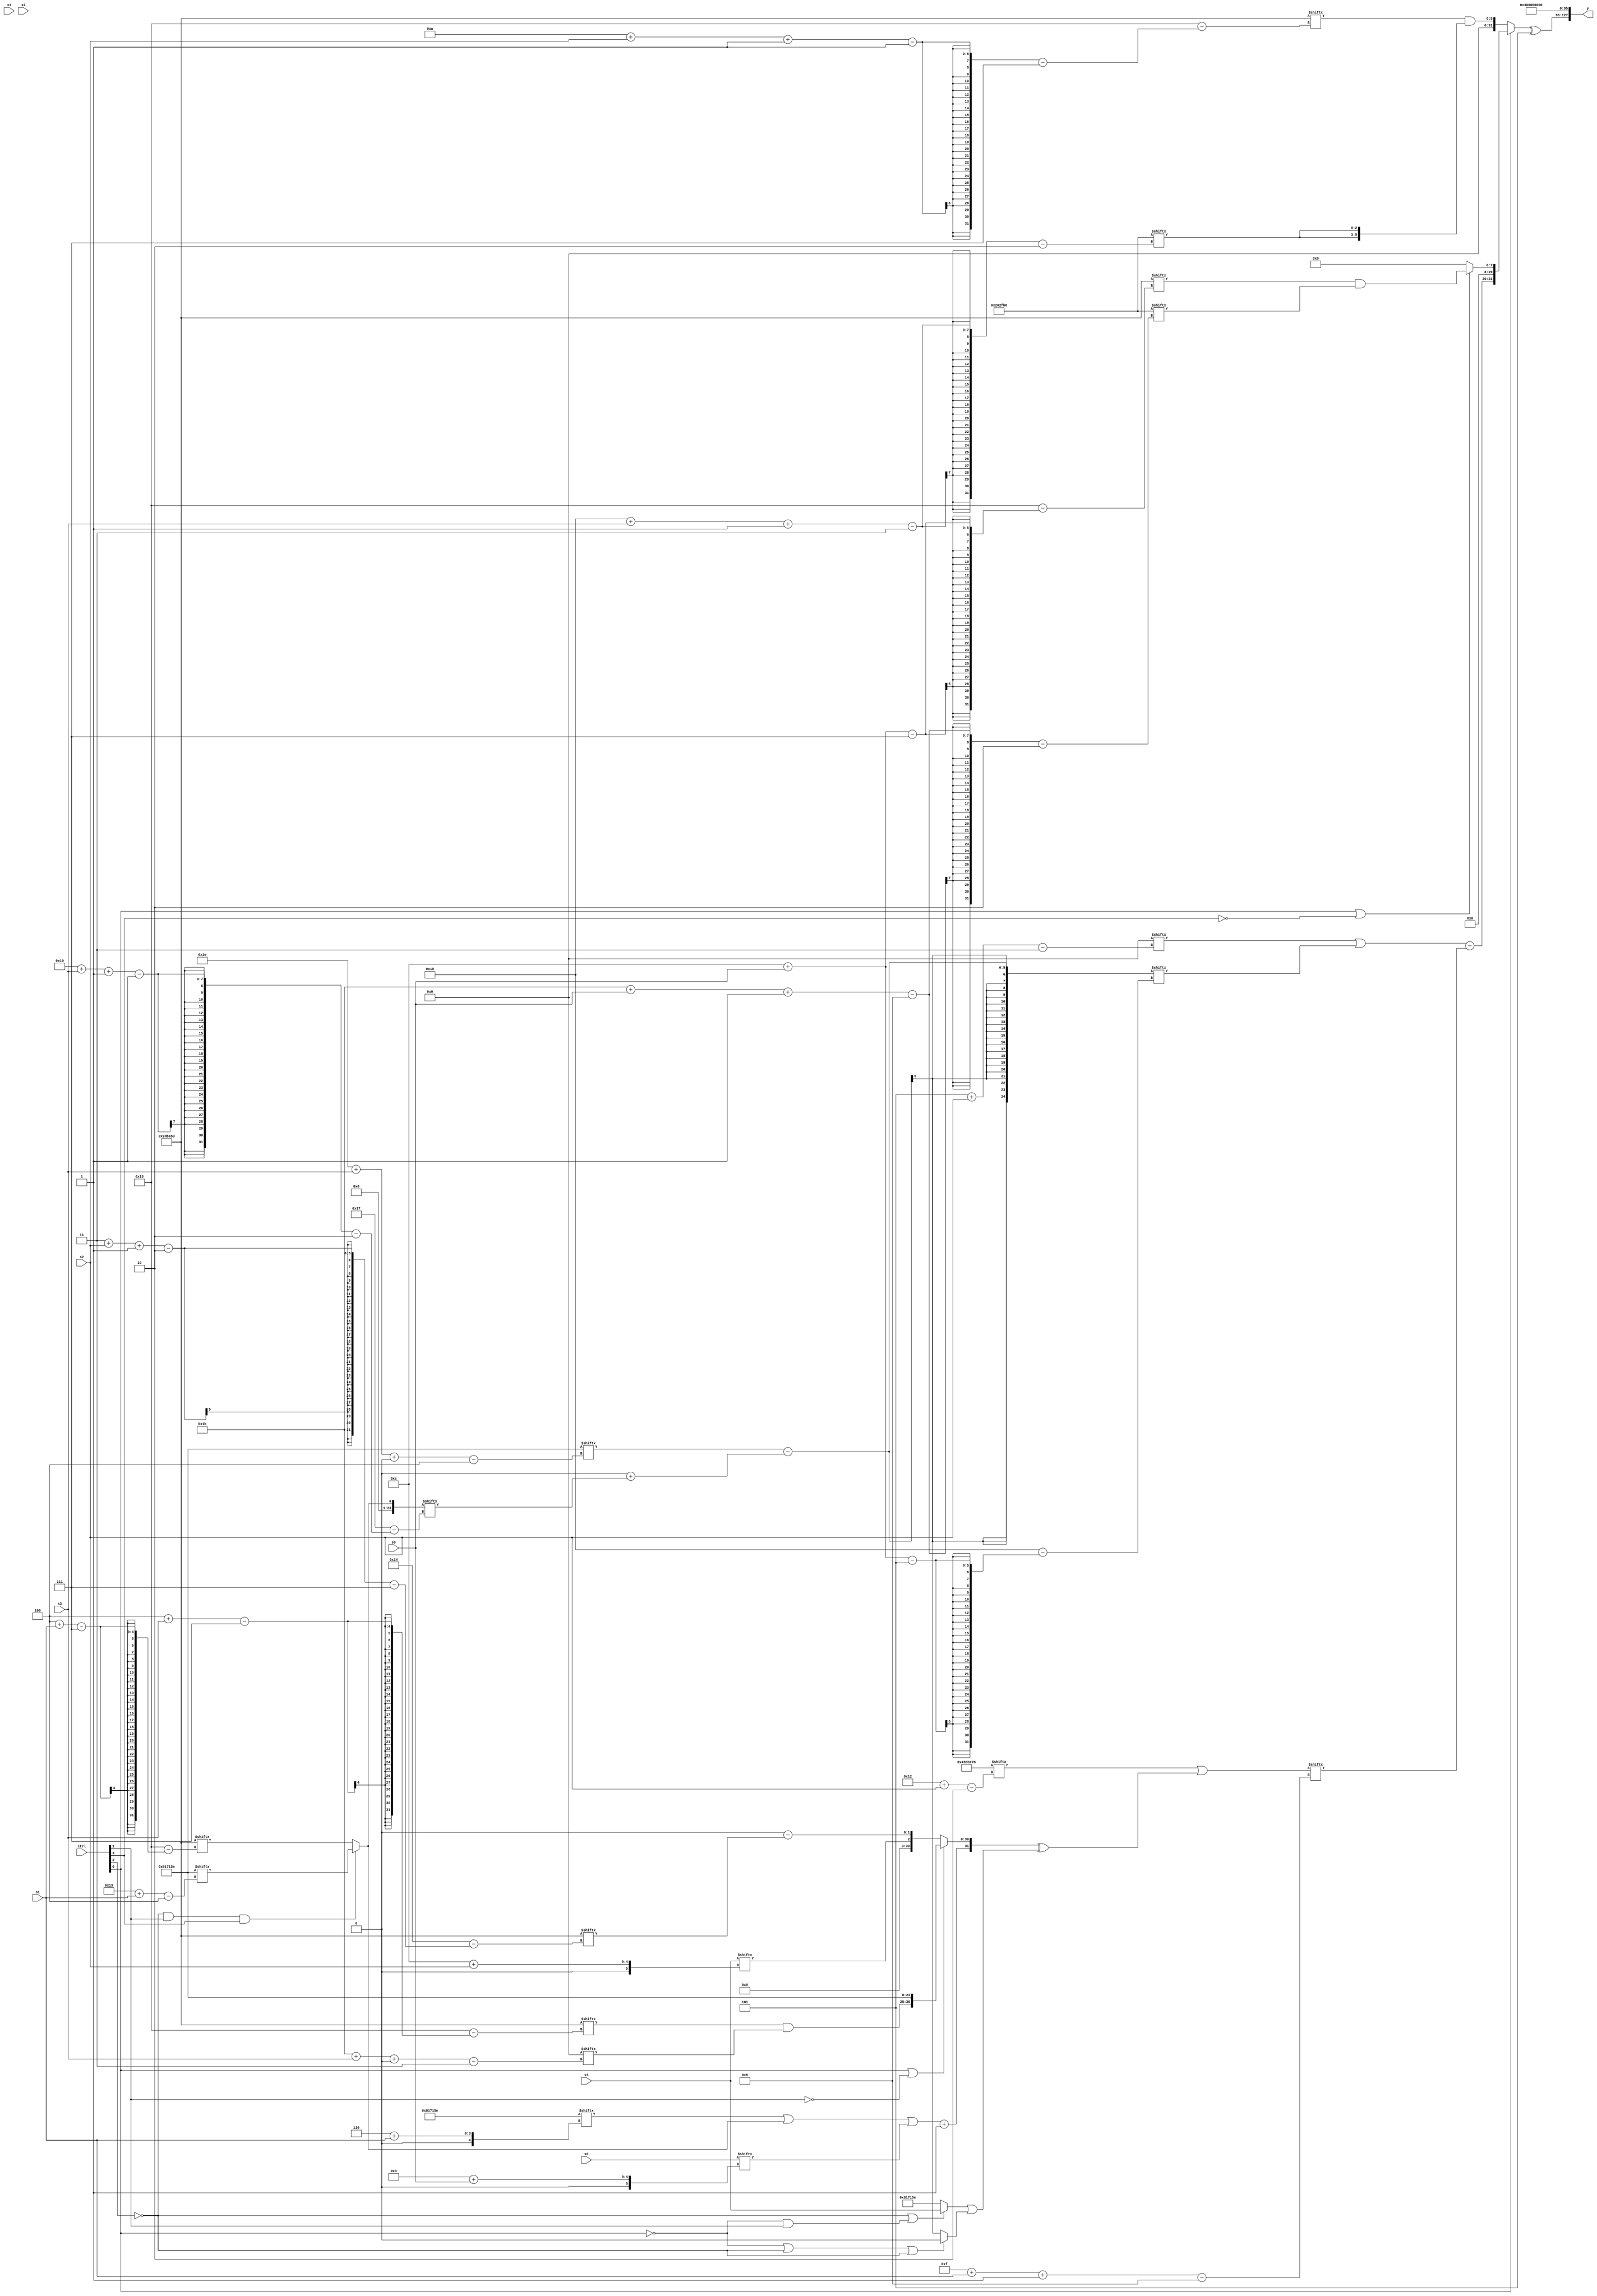
module partsel_00141(ctrl, s0, s1, s2, s3, x0, x1, x2, x3, y);
  input [3:0] ctrl;
  input [2:0] s0;
  input [2:0] s1;
  input [2:0] s2;
  input [2:0] s3;
  input [31:0] x0;
  input signed [31:0] x1;
  input signed [31:0] x2;
  input [31:0] x3;
  wire [28:3] x4;
  wire signed [25:0] x5;
  wire signed [2:25] x6;
  wire [28:3] x7;
  wire signed [24:4] x8;
  wire signed [28:4] x9;
  wire [30:4] x10;
  wire [0:28] x11;
  wire [30:6] x12;
  wire [5:29] x13;
  wire signed [27:6] x14;
  wire [31:0] x15;
  output [127:0] y;
  wire [31:0] y0;
  wire [31:0] y1;
  wire signed [31:0] y2;
  wire [31:0] y3;
  assign y = {y0,y1,y2,y3};
  localparam [24:2] p0 = 354430902;
  localparam [31:2] p1 = 70300280;
  localparam [28:4] p2 = 780235102;
  localparam signed [7:28] p3 = 745376339;
  assign x4 = ((p3[23 + s1 -: 8] + p1[23]) & {2{p0[27 + s3 -: 5]}});
  assign x5 = {x4[18 +: 1], p2};
  assign x6 = (!ctrl[2] && ctrl[1] && ctrl[3] ? p2[19 + s1] : p3[4 + s1]);
  assign x7 = x6[10];
  assign x8 = x0[18 + s2 -: 6];
  assign x9 = p3[17 + s1];
  assign x10 = x9[14 +: 1];
  assign x11 = ({2{x8[13 -: 4]}} | x0[15 -: 1]);
  assign x12 = ((ctrl[1] || ctrl[3] && ctrl[2] ? x6 : x0[16 + s2]) & x2[17]);
  assign x13 = (p2[30 + s3 +: 5] - (p1[18] + x6[16 + s3 -: 1]));
  assign x14 = (!ctrl[3] || !ctrl[1] && ctrl[0] ? ({2{p3[8]}} & {2{x1[23 -: 4]}}) : ({p0, p2} ^ x7[13 -: 3]));
  assign x15 = (p1[18 + s2] | ({{2{(((x5[6 + s1] | x6) | x0[11 + s0]) + p3[22 -: 1])}}, (ctrl[0] || ctrl[0] || !ctrl[1] ? {(p3[4 + s3] & x7[27 + s3 +: 6]), p2} : {x3[14 + s2], (p1[19 -: 2] - p3[3 + s2 -: 2])})} ^ {2{((!ctrl[2] || !ctrl[0] && ctrl[1] ? x3 : p2) | (!ctrl[0] || !ctrl[2] || !ctrl[2] ? x6[22] : x13[21 -: 1]))}}));
  assign y0 = ((!ctrl[0] && ctrl[0] || !ctrl[0] ? (p3[10 + s2 -: 1] & {2{p0[24 + s3 -: 3]}}) : {((x7[5 + s2] | x13[14 + s0]) - x15[15 + s1 -: 8]), (ctrl[0] && ctrl[0] || !ctrl[3] ? (p3[14 + s0] & p0[27 + s0 -: 8]) : (ctrl[2] && ctrl[1] || !ctrl[3] ? p3[11] : (p3[15 -: 1] & p1)))}) ^ p2[12 -: 3]);
  assign y1 = x4[22];
  assign y2 = (p2[21] | (p3[12 +: 2] & p3));
  assign y3 = p2[11];
endmodule